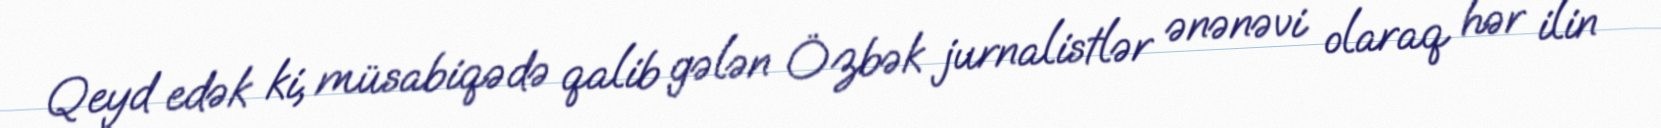
Qeyd edək ki, müsabiqədə qalib gələn Özbək jurnalistlər ənənəvi olaraq hər ilin